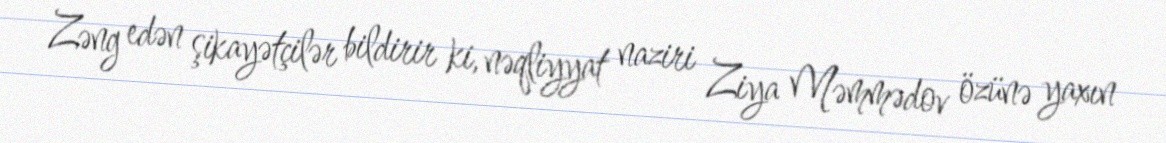
Zəng edən şikayətçilər bildirir ki, nəqliyyat naziri Ziya Məmmədov özünə yaxın